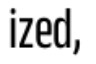
ized,